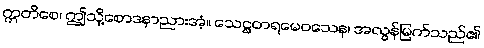
ဣတိစေ၊ ဤသို့စောဒနာညားအံ့။ သေဋ္ဌတရမေဝသေန၊ အလွန်မြက်သည်၏